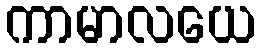
ကာမာလယေ